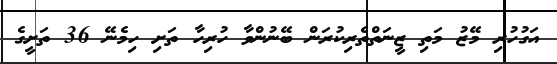
އަގުހުރި މޭޒު މަތި ޒީނަތްތެރިކުރަން ބޭނުންވާ ހުރިހާ ތަށި ހިމެނޭ 36 ތަށީގެ